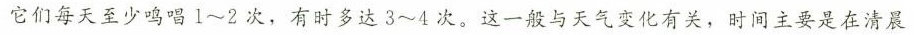
它们每天王少鸣唱1~2次，有时多达3~4次，这一般与天气变化有关，时间主要是在清晨